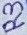
Text: R3